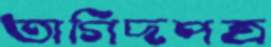
তাগিদপত্র